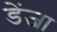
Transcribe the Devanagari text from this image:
डेंजा